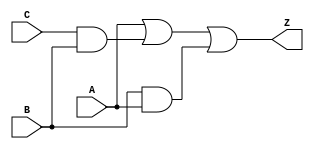
module simple_circuit3 (
    A, 
    B, 
    C, 
    Z
);

    input A, B, C;
    output Z;
    wire w1, w2, w3;
    and G1 (w1, C, B);
    or G2 (w2, A, w1);
    and G3 (w3, B, A);
    or G4 (Z, w2, w3);
endmodule